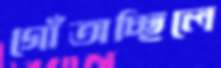
গোঁতাচ্ছিলে